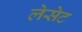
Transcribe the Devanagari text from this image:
लेसेट